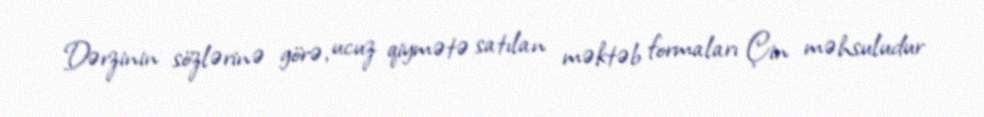
Dərzinin sözlərinə görə, ucuz qiymətə satılan məktəb formaları Çin məhsuludur